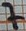
Text: 7